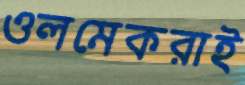
ওলমেকরাই